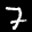
Label: 7